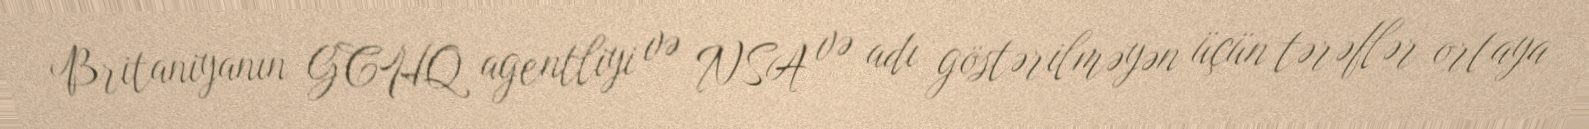
Britaniyanın GCHQ agentliyi və NSA və adı göstərilməyən üçün tərəflər ortaya